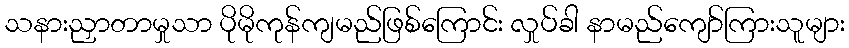
သနားညှာတာမှုသာ ပိုမိုကုန်ကျမည်ဖြစ်ကြောင်း လှုပ်ခါ နာမည်ကျော်ကြားသူများ